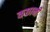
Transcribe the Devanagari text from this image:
कछानी